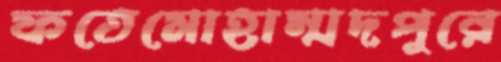
ফতেমোহাম্মদপুরে